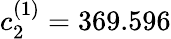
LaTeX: c_{2}^{(1)}=369.596